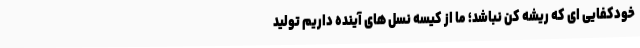
خودکفایی ای که ریشه کن نباشد؛ ما از کیسه نسل های آینده داریم تولید